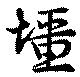
壃